Annual report of the Punjab Veterinary College and of the Civil Veterinary Department, Punjab - 1909-1919
Year: 1909
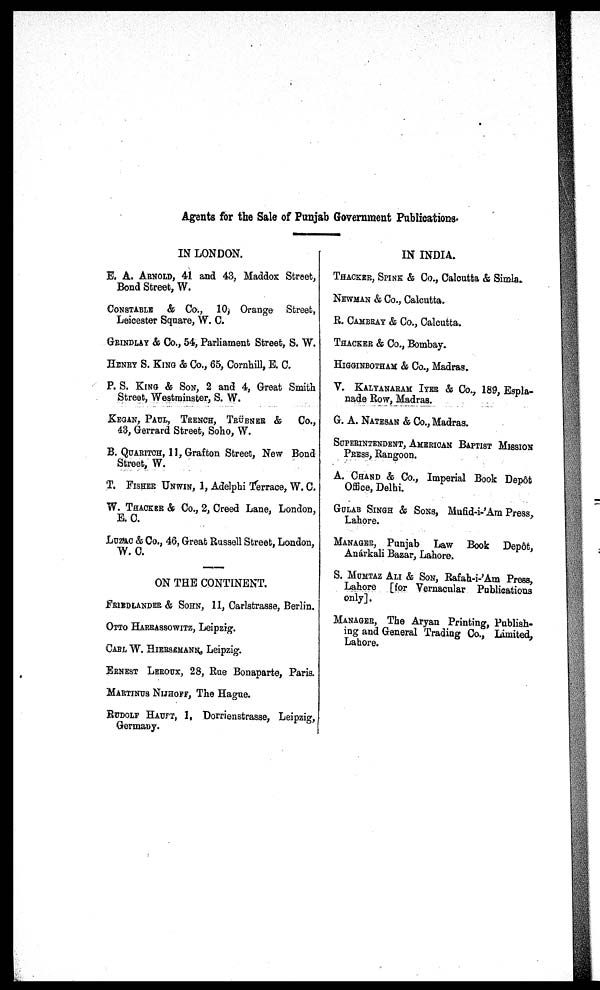
Agents for the Sale of Punjab Government Publications.
IN LONDON.
E. A. ARNOLD, 41 and 43, Maddox Street,
Bond Street, W.
CONSTABLE & Co., 10, Orange Street,
Leicester Square, W. C.
GRINDLAY & Co., 54, Parliament Street, S. W.
HENRY S. KING & Co., 65, Cornhill, E. C.
P. S. KING & SON, 2 and 4, Great Smith
Street, Westminster, S. W.
KEGAN, PAUL, TRENCH, TRÜBNER &
Co.,
43, Gerrard Street, Soho, W.
B. QUARITCH, 11, Grafton Street, New Bond
Street, W.
T. FISHER UNWIN, 1, Adelphi Terrace, W. C.
W. THACKER & Co., 2, Creed Lane, London,
E. C.
LUZAC & Co., 46, Great Russell Street, London,
W. C.
ON THE CONTINENT.
FRIEDLANDER & SOHN, 11, Carlstrasse, Berlin.
OTTO HARRASSOWITZ, Leipzig.
CABL W. HIERSEMANN, Leipzig.
ERNEST LEROUX, 28, Rue Bonaparte, Paris.
MARTINUS NIJHOFF, The Hague.
RUDOLF HAUTT, 1, Dorrienstrasse, Leipzig,
Germany.
IN INDIA.
THACKER, SPINK & Co., Calcutta & Simla.
NEWMAN & Co., Calcutta.
R. CAMBRAY & Co., Calcutta.
THACKER & Co., Bombay.
HIGGINBOTHAM & Co., Madras.
V. KALYANARAM IYER & Co., 189, Espla-
nade Row, Madras.
G. A. NATESAN & Co., Madras.
SUPERINTENDENT, AMERICAN BAPTIST MISSION
PRESS, Rangoon.
A. CHAND & Co., Imperial Book Depôt
Office, Delhi.
GULAB SINGH & SONS, Mufid-i-'Am Press,
Lahore.
MANAGER, Punjab Law Book Depôt,
Anárkali Bazar, Lahore.
S. MUMTAZ ALI & SON, Rafah-i-'Am Press,
Lahore [for Vernacular Publications
only].
MANAGER, The Aryan Printing, Publish-
ing and General Trading Co., Limited,
Lahore.